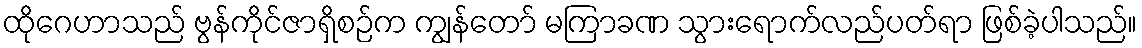
ထိုဂေဟာသည် ဗွန်ကိုင်ဇာရှိစဉ်က ကျွန်တော် မကြာခဏ သွားရောက်လည်ပတ်ရာ ဖြစ်ခဲ့ပါသည်။